Madras plague regulations in force outside the Presidency town - Volume 6
Disease focus: Plague
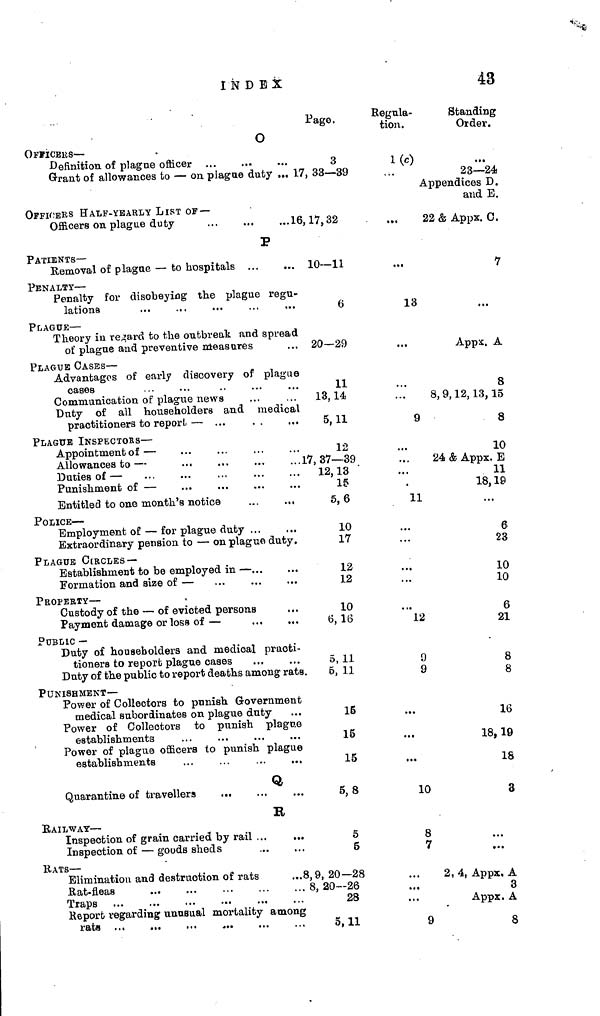
INDEX
43
O
OFFICERS —
Definition of plague officer
Grant of allowances to — on. plague duty ...
OFFICERS HALF-YEARLY LIST OF —
Officers on plag ae duty
...
...
...]
P
PATIENTS—
Removal of plague — to hospitals
PENALTY —
Penalty for disobeying the plague regu'
lations
PLAGUE —
Theory in regard to the outbreak and spread
of plague and preventive measures
PLAGUE OASES —
Advantages of early discovery of plague
cases
Communication of plague news
Duty of all householders and medical
practitioners to report — ...
PLAGUE INSPECTORS —
Appointment of —
Allowances to —
Duties of —
...
Punishment of —
Entitled to one month's notice
...
...
POLICE —
Employment of — for plague duty ...
Extraordinary pension to — on plague duty.
PLAGUE CIRCLES —
Establishment to be employed in — ...
Formation and size of —
PROPERTY —
Custody of the — of evicted persons
Payment damage or loss of —
PUBLIC —
Duty of householders and medical practi-
tioners to report plague cases
Duty of the public to report deaths among rats
PUNISHMENT—
Power of Collectors to punish Government
medical subordinates on plague duty
Power of Collectors to punish plague
establishments
Power of plague officers to punish plague
establishments
Q
Quarantine of travellers
R
RAILWAY —
Inspection of grain carried by rail ...
Inspection of — goods sheds
RATS —
Elimination and destruction of rats
...8
Rat-fleas
Traps
Report regarding unusaual mortality among
rats ...
Page.
3
17, 33—39
16, 17, 32
10—11
s6
. 20—29
)
11
13,14
1
5,11
12
17, 37—39
12,13
15
5,6
10
17
12
12
10
6, 16
5,11
6, 11
16
15
15
5,8
5
5
,9, 20—28
8, 20—26
28
5.11
Regula-
tion ltL\Jl L«
l(c)
.,„
...
13
».
9
...
...
.
11
'l2
9
9
...
...
10
8
7
..' .'
9
Standing
vJro.0r.
23—24
Appendices D.
and E.
22 & Appx. C.
7
...
Appx. A
8
8,9,12,13,15
8
10
24 & Appx. E
11
18,19
6
23
10
10
6
21
8
8
16
18, 19
18
3
2, 4, Appx, A
3
Appx. A
R